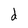
Character: d